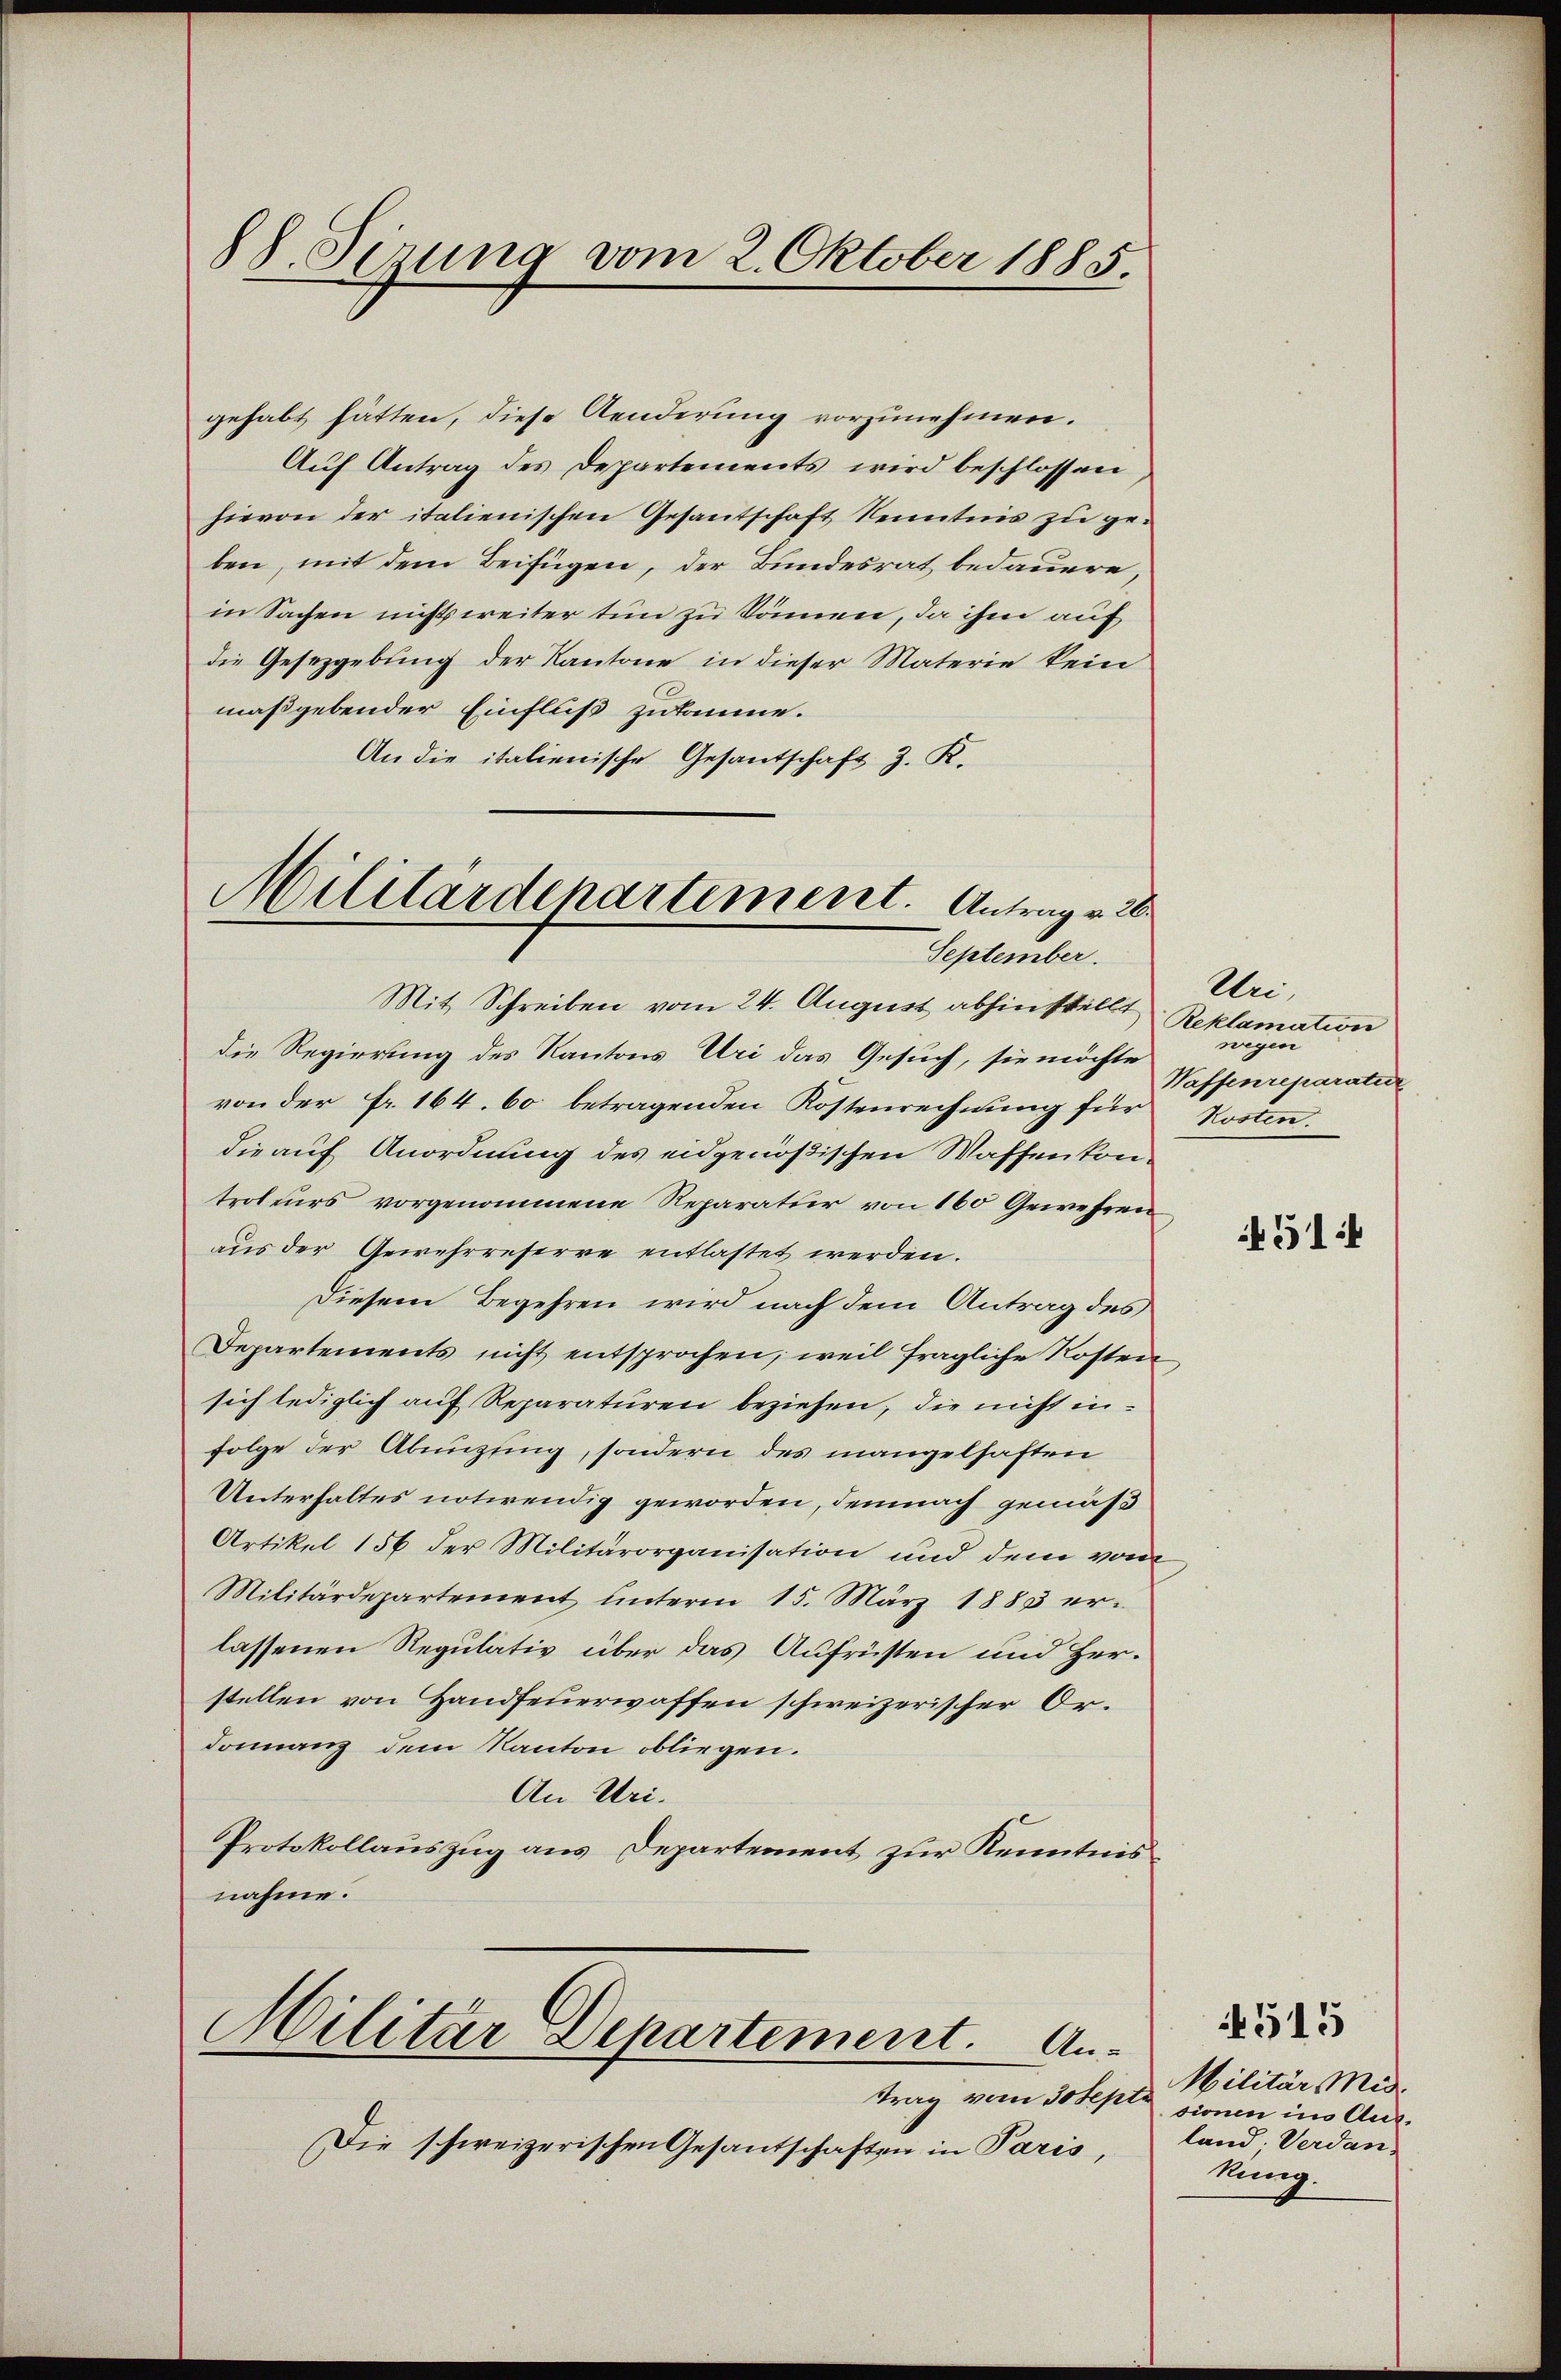
88. Sinung vom 2. Oktober 1885.

Militärdepartement. Antrag v. 26
September.

gehabt hätten, diese Aenderung vorzunehmen.
Aŭf Antrag des Departements wird beschlossen,
hievon der italienischen Gesantschaft Kenntnis zu geben, mit dem Beifügen, der Bundesrat bedauern
in Sachen nichts weiter tun zu Sönnen, da ihm auf
die Gesezgebung der Kantone in dieser Materie kein
maßgebender Einfluß zukomme.
An die italienische Gesantschaft z. K.

Mit Schreiben vom 24. August abhin stellt
die Regierung des Kantons Uri das Gesuch, sie möchte
von der Fr. 164. 60 betragenden Kostenrechnung für Kosten.
die auf Anordnung des eidgenößischen Waffenkontroleurs vorgenommene Reparatur von 160 Gewehren
aus der Gewehrreserre entlastet werden.
Diesem Begehren wird nach dem Antrag des
Departements nicht entsprochen, weil fragliche Kosten
sich lediglich auf Reparaturen beziehen, die nicht infolge der Abnngfing, sondern des mangelhaften
Unterhaltes notwendig geworden, demnach gemäß
Artikel 156 der Militärorganisation und dem vom
Militärdepartement unterm 15. März 1883 er-
lassenen Regulativ über das Aufrüsten und Herstellen von Handfeuerwaffen schweizerischer Ordonanz dem Kanton obliegen.
An Uri.
Protokollauszug aus Departement zur Kenntnis
nahme.

Militär Departement. An-

Die schweizerischen Gesantschaften in Paris,

Un¬
Reklamation
wegen
Waffenreparatur

51:

4515
Militär Mid
trag vom Josepte sionen im Ausland; Verdan¬
Nung.